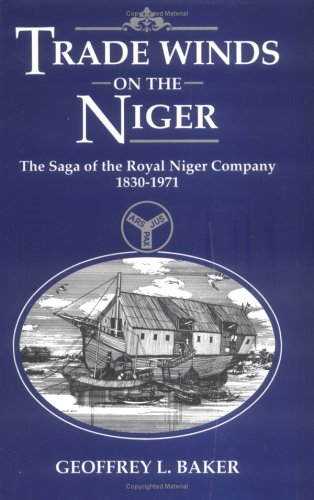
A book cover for Trade Winds On the Niger: The Saga of the Royal Niger Company 1830-1971; Geoff Baker; History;